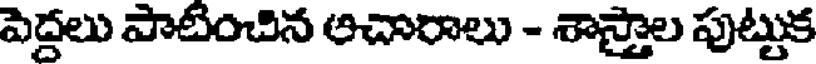
పెద్దలు పాటించిన అచారాలు - శాస్త్రాల పుట్టుక